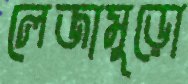
লেজামুড়ো